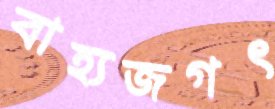
বাহ্যজগৎ